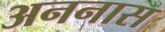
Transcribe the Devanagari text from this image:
अननास